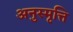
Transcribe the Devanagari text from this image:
अनुस्मृत्ति